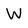
Character: W